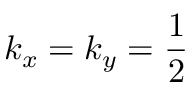
k _ { x } = k _ { y } = \frac { 1 } { 2 }